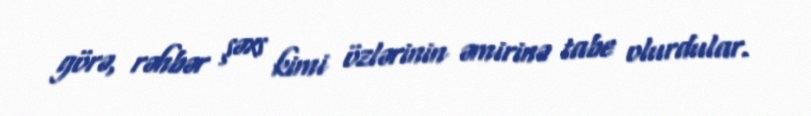
görə, rəhbər şəxs kimi özlərinin əmirinə tabe olurdular.